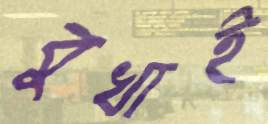
বুখাই